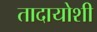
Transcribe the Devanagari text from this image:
तादायोशी